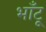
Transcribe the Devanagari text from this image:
भाँटू